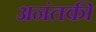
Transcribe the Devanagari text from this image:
अनंतकी